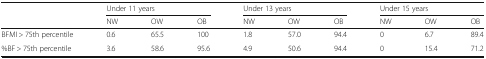
| <ROWSPAN=2>  | <COLSPAN=3> Under 11 years | <COLSPAN=3> Under 13 years | <COLSPAN=3> Under 15 years |
 | NW | OW | OB | NW | OW | OB | NW | OW | OB |
 | --- | --- | --- | --- | --- | --- | --- | --- | --- | --- |
 | BFMI > 75th percentile | 0.6 | 65.5 | 100 | 1.8 | 57.0 | 94.4 | 0 | 6.7 | 89.4 |
 | %BF > 75th percentile | 3.6 | 58.6 | 95.6 | 4.9 | 50.6 | 94.4 | 0 | 15.4 | 71.2 |